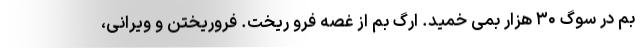
بم در سوگ ۳۰ هزار بمی خمید. ارگ بم از غصه فرو ریخت. فروریختن و ویرانی،